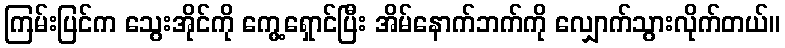
ကြမ်းပြင်က သွေးအိုင်ကို ကွေ့ရှောင်ပြီး အိမ်နောက်ဘက်ကို လျှောက်သွားလိုက်တယ်။